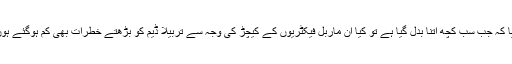
خیال آیا کہ جب سب کچھ اتنا بدل گیا ہے تو کیا ان ماربل فیکٹریوں کے کیچڑ کی وجہ سے تربیلا ڈیم کو بڑھتے خطرات بھی کم ہوگئے ہوں گے؟